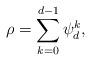
LaTeX: \begin{align*} \rho = \sum_{k=0}^{d-1} \psi_d^k,\end{align*}